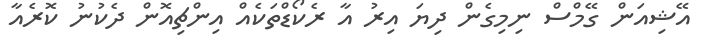
އޭޝިއަން ގޭމްސް ނިމިގެން ދިޔަ އިރު އާ ރެކޯޑްތަކެއް އިންޗިއޮން ދެކުނު ކޮރެއާ